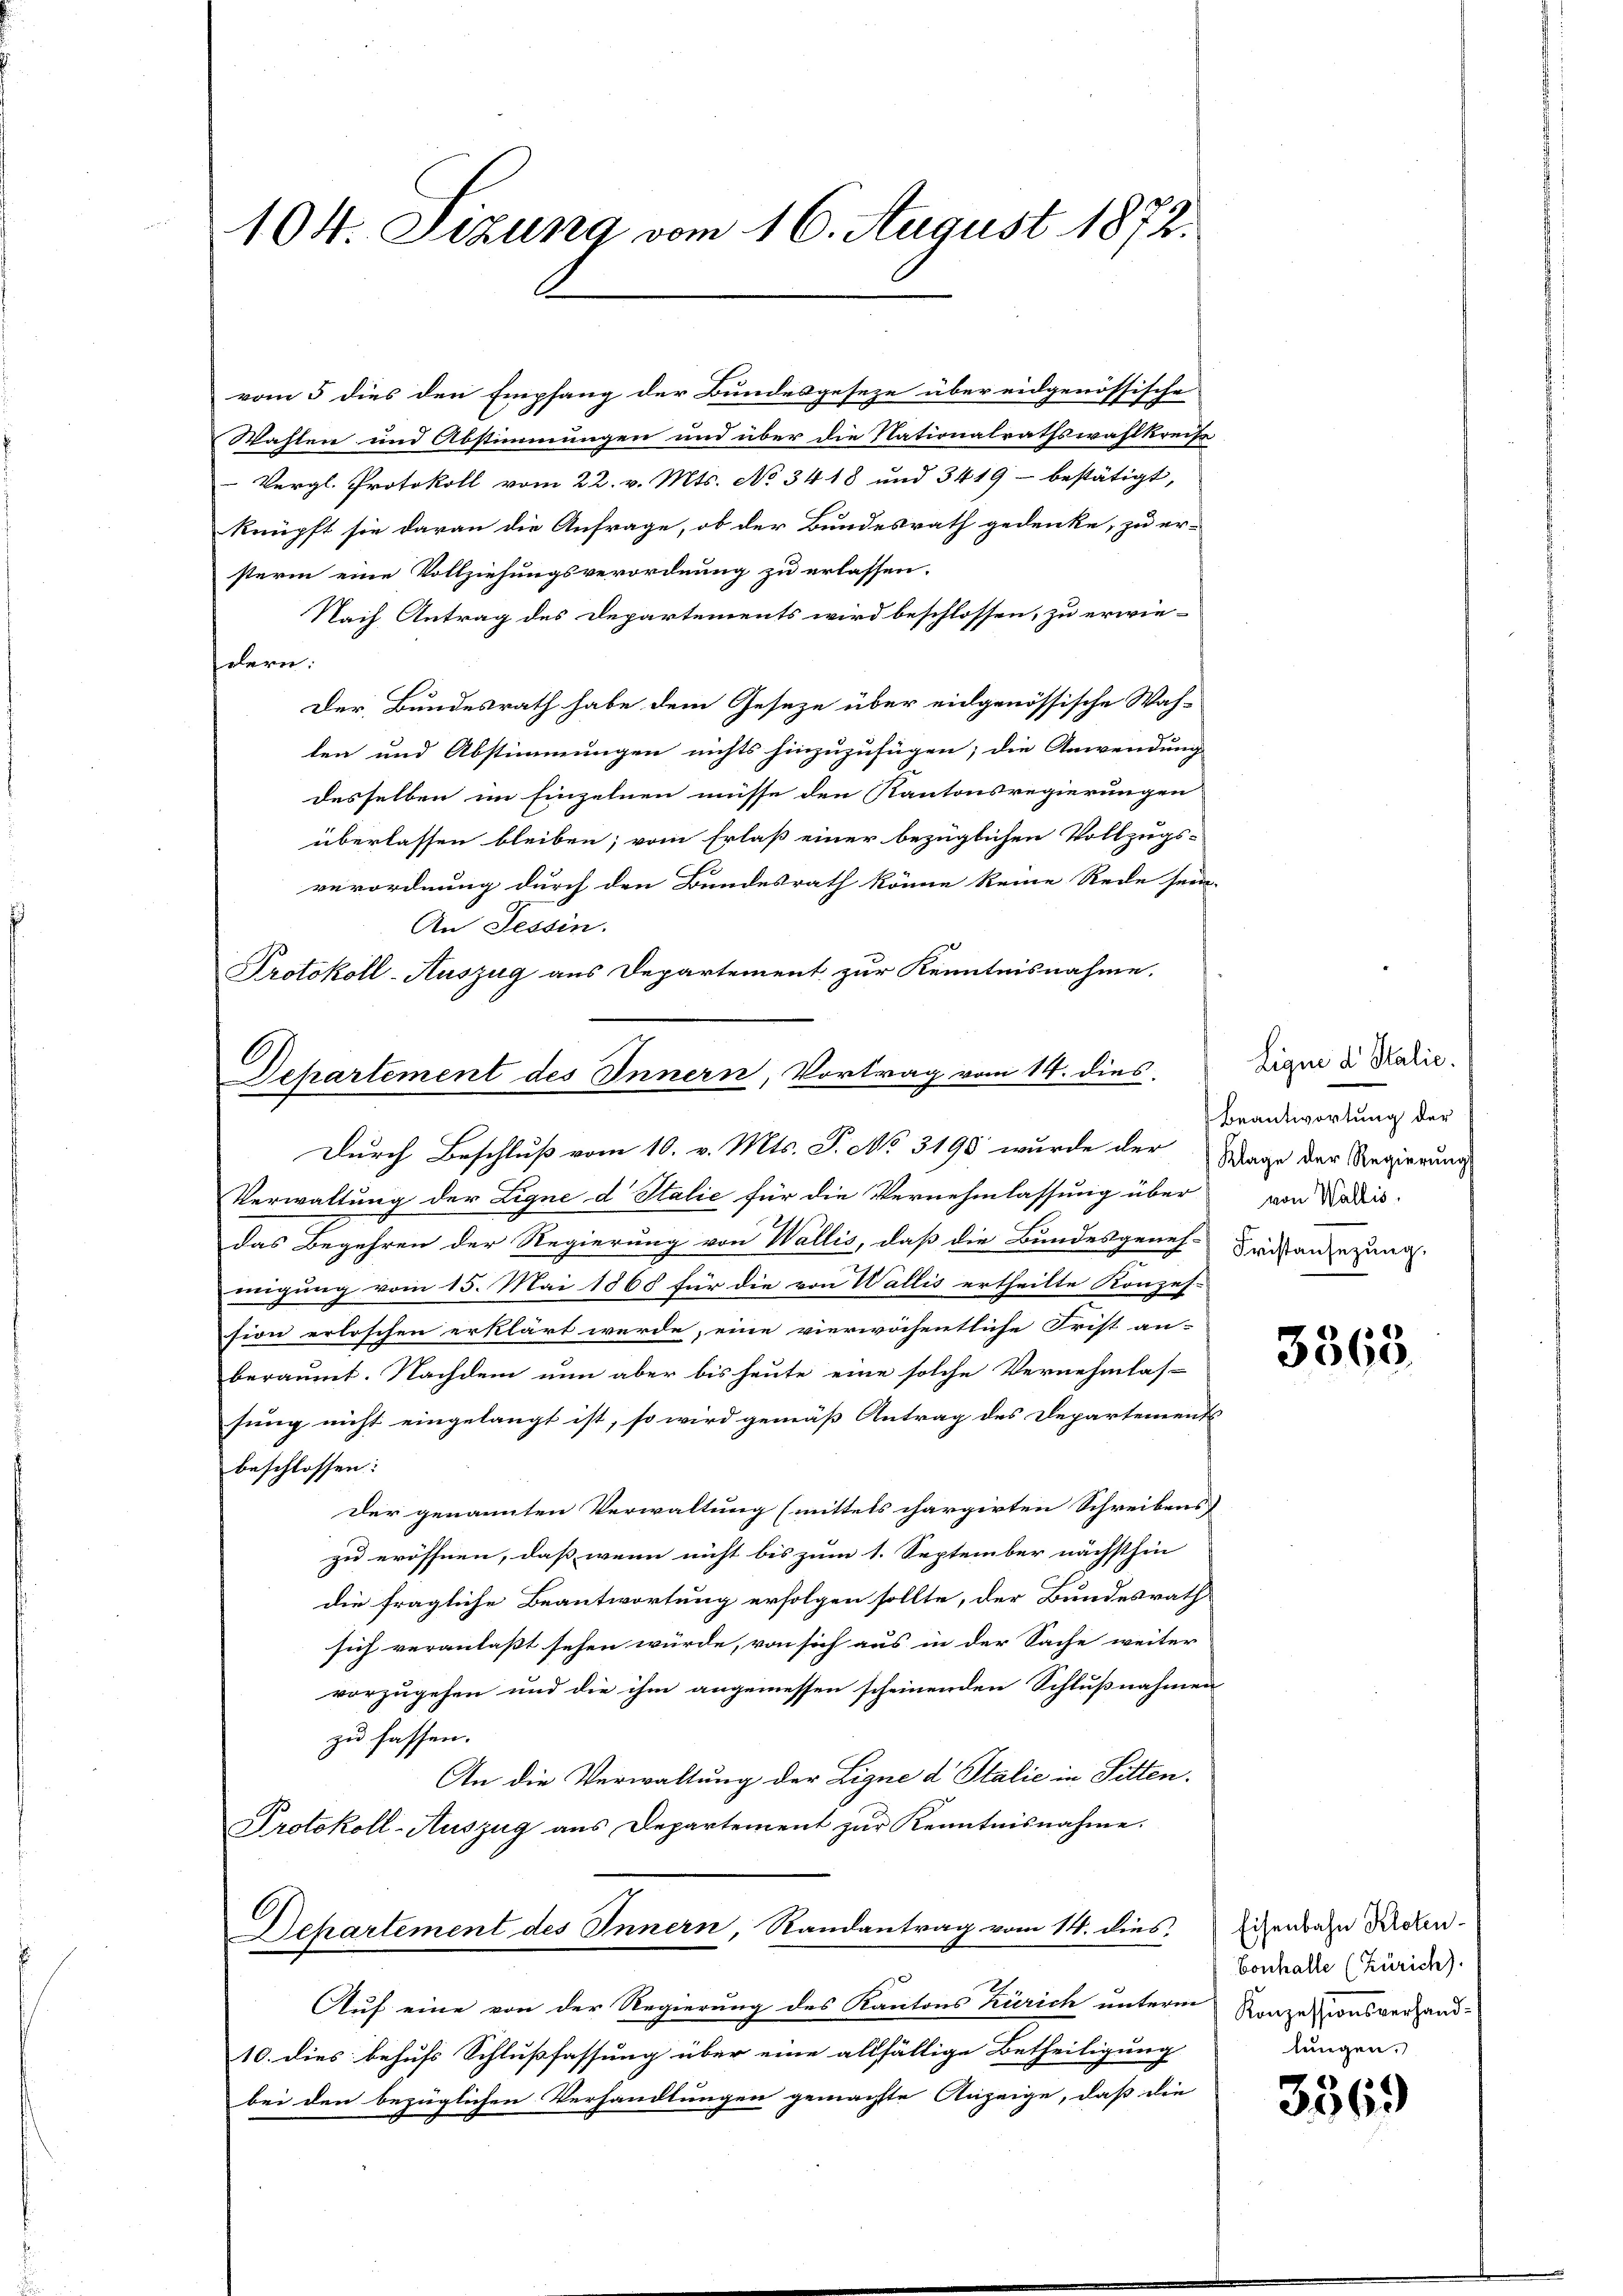
104. Sizung vom 16. August 1872.

vom 5 dies den Empfang der Bundesgeseze über eidgenössische
Wahlen und Abstimmungen und über die Nationalrathswahlkreise
Vergl. Protokoll vom 22. v. Mts. No 3418 und 3419- bestätigt,
knüpft sie daran die Anfrage, ob der Bundesrath gedenke, zu er-
sterin eine Vollziehungsverordnung zu erlassen.
Nach Antrag des Departements wird beschlossen, zu erwie-
hälern.
Der Bundesrath habe dem Geseze über eidgenössische Wah-
len und Abstimmungen nichts hinzuzufügen; die Anwendung
desselben im Einzelnen müsse den Kantonsregierungen
überlassen bleiben; vom Erlaß einer bezüglichen Vollzugs-
verordnung durch den Bundesrath könne keine Rede sein-
An Tessin.
Protokoll-Auszug aus Departement zur Kenntnisnahme.
Verwaltung der Ligne d Stalie für die Vernehmlassung über
das Begehren der Regierung von Wallis, daß die Bundesgeneh- Fristanzuzung
migung vom 15. Mai 1865 für die von Wallis ertheilte Konzes-
sion erloschen erklärt werde, eine vierwöchentliche Frist an-
beraumt. Nachdem nun aber bis heute eine solche Vernehmlas-
sung nicht eingelangt ist, so wird gemäß Antrag des Departements
beschlossen:
der genannten Verwaltung (mittels chargirten Schreibens
zu eröffnen, daß wenn nicht bis zum 1. September nächsthin
die fragliche Beantwortung erfolgen sollte, der Bundesrath
sich veranlasst sehen würde, von sich aus in der Sache weiter
vorzugehen und die ihm angemessen scheinenden Schlußnahmen
zu fassen.
An die Verwaltung der Ligne d Italić in Sitten.
Protokoll-Auszug aus Departement zur Kenntnisnahme.
Dehartement des Innern, Randantrag vom 14. dies
Auf eine von der Regierung des Kantons Zürich unterm
10. dies behufs Schlußfassung über eine allfällige Betheiligung
bei den bezüglichen Verhandlungen gemächte Anzeige, daß die

Departement des Innern, Vortrag vom 14. dies
Durch Beschluß vom 10. v. Mts. S. No 3198 wurde der

Liquid Stalie
Beantwortung der
Klage der Regierung
von Wallis.

3563

Eisenbahn Kloten
Conhalle (Zürich).
Konzessionsverhandlungen.

.
3069